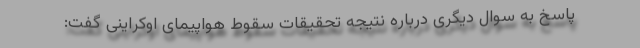
پاسخ به سوال دیگری درباره نتیجه تحقیقات سقوط هواپیمای اوکراینی گفت: